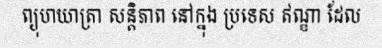
ព្យុហយាត្រា សន្តិភាព នៅក្នុង ប្រទេស ឥណ្ឌា ដែល